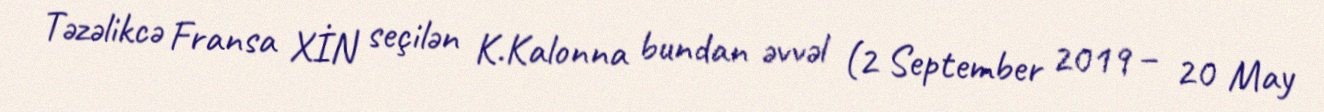
Təzəlikcə Fransa XİN seçilən K.Kalonna bundan əvvəl (2 September 2019 – 20 May